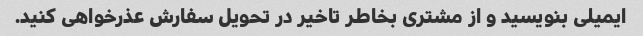
ایمیلی بنویسید و از مشتری بخاطر تاخیر در تحویل سفارش عذرخواهی کنید.